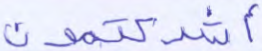
أشركتمون